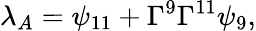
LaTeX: {\lambda_{A}=\psi_{11}+\Gamma^{9}\Gamma^{11}\psi_{9},}